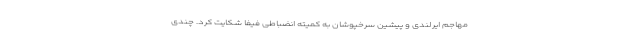
مهاجم ایرلندی و پیشین سرخپوشان به کمیته انضباطی فیفا شکایت کرد. چندی